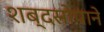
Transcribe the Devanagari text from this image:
शब्दसोपाने